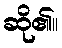
ဆို၏။